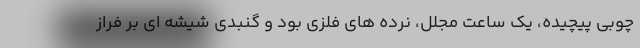
چوبی پیچیده، یک ساعت مجلل، نرده های فلزی بود و گنبدی شیشه ای بر فراز